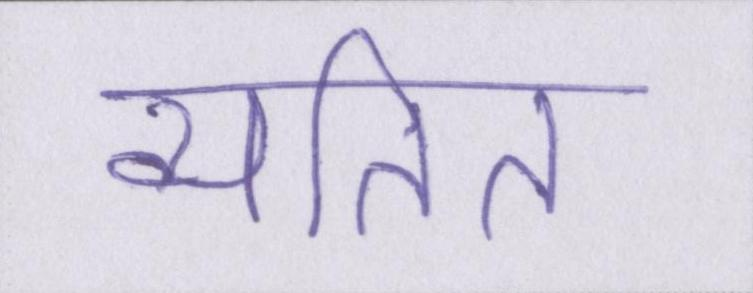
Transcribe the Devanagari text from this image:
व्यतित